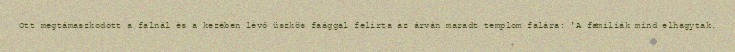
Ott megtámaszkodott a falnál és a kezében lévő üszkös faággal felírta az árván maradt templom falára: 'A familiák mind elhagytak.